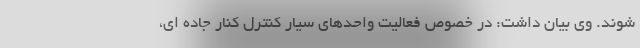
شوند. وی بیان داشت: در خصوص فعالیت واحدهای سیار کنترل کنار جاده ای،